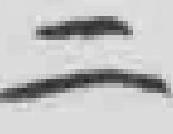
二